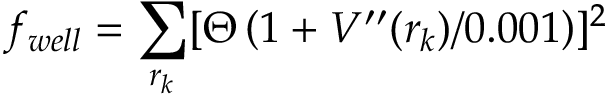
f _ { w e l l } = \sum _ { r _ { k } } [ \Theta \left( 1 + V ^ { \prime \prime } ( r _ { k } ) / 0 . 0 0 1 \right) ] ^ { 2 }